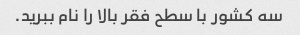
سه کشور با سطح فقر بالا را نام ببرید.